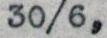
30/6,